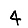
Digit: 4